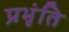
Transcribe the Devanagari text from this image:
प्रभृंति